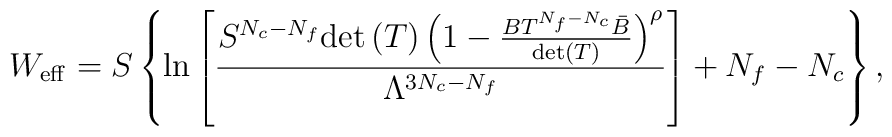
W_{\rm eff}=S \left\{ \ln\left[\frac{	S^{N_c-N_f}{\rm det}\left(T\right) 	\left(1- \frac{BT^{N_f-N_c}\bar{B}}{{\rm det}(T)}\right)^\rho}{	\Lambda^{3N_c-N_f}} \right] +N_f-N_c\right\},